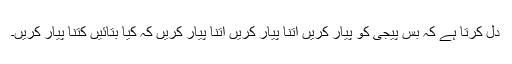
دل کرتا ہے کہ بس پیجی کو پیار کریں اتنا پیار کریں اتنا پیار کریں کہ کیا بتائیں کتنا پیار کریں۔